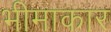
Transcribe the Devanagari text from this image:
भीमाकार